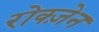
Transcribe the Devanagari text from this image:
रोक्ज़ेन